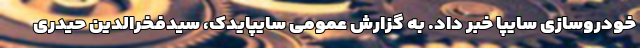
خودروسازی سایپا خبر داد. به گزارش عمومی سایپایدک، سیدفخرالدین حیدری